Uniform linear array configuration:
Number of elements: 12
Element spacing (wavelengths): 0.5
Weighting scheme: cosine
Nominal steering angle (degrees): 60
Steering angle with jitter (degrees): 58.679
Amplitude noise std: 0.05
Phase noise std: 0.05

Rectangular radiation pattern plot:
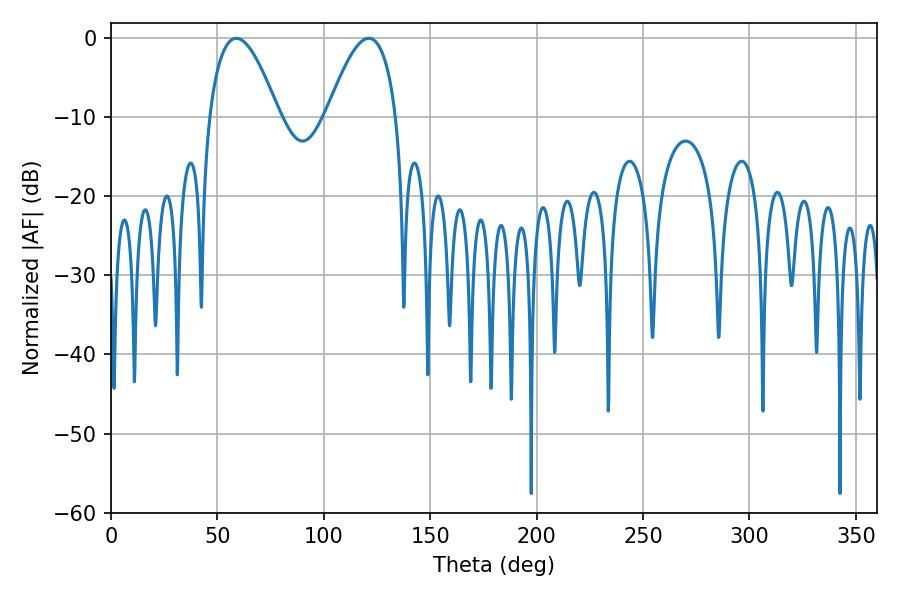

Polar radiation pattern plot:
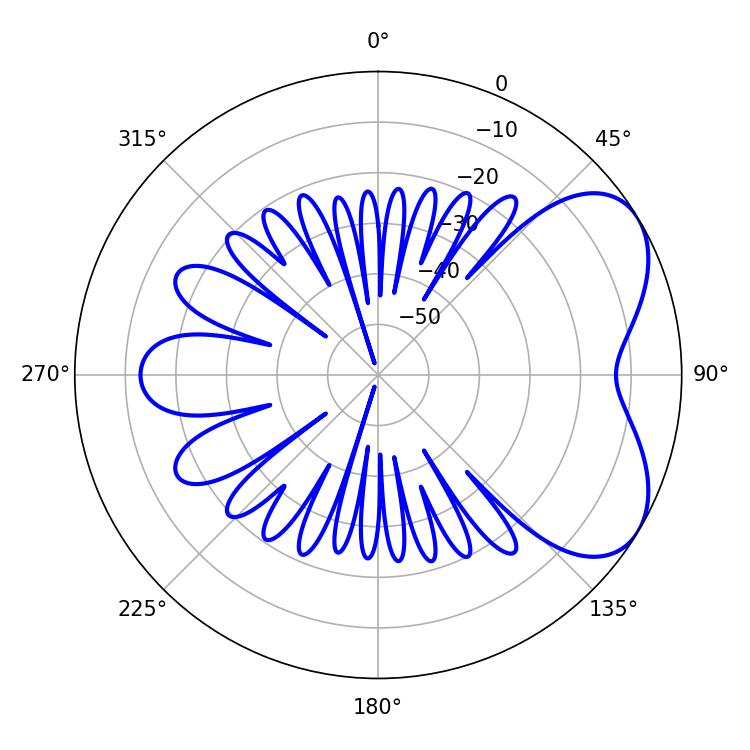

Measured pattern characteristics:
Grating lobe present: FALSE
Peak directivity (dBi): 5.418
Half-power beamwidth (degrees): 17.82
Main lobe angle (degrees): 58.86